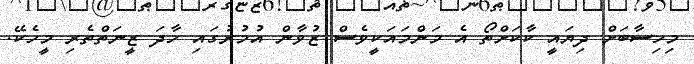
މިހިސާބަށް ދިޔައީ ކާކަށްތޯ އެ މަންމައަކީވެސް ޒުވާން އުމުރުގައި ހާދަ ޒީނަތްތެރި މީހެކޭ.